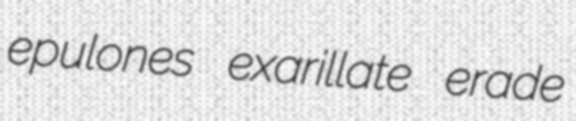
epulones exarillate erade